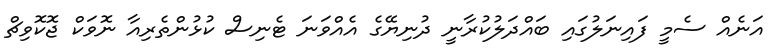
އަނެއް ސެމީ ފައިނަލުގައި ބައްދަލުކުރާނީ ދުނިޔޭގެ އެއްވަނަ ޓެނިސް ކުޅުންތެރިއާ ނޮވަކް ޖޮކޮވިޗް